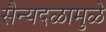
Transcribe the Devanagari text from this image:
सैन्यदळामुळे